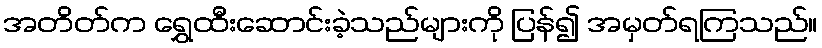
အတိတ်က ရွှေထီးဆောင်းခဲ့သည်များကို ပြန်၍ အမှတ်ရကြသည်။